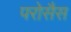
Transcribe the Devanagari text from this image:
परोसैस